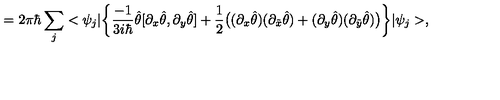
= 2 \pi \hbar \sum _ { j } < \psi _ { j } | \bigg \{ \frac { - 1 } { 3 i \hbar } \hat { \theta } [ \partial _ { x } \hat { \theta } , \partial _ { y } \hat { \theta } ] + \frac { 1 } { 2 } \big ( ( \partial _ { x } \hat { \theta } ) ( \partial _ { \tilde { x } } \hat { \theta } ) + ( \partial _ { y } \hat { \theta } ) ( \partial _ { \tilde { y } } \hat { \theta } ) \big ) \bigg \} | \psi _ { j } > ,